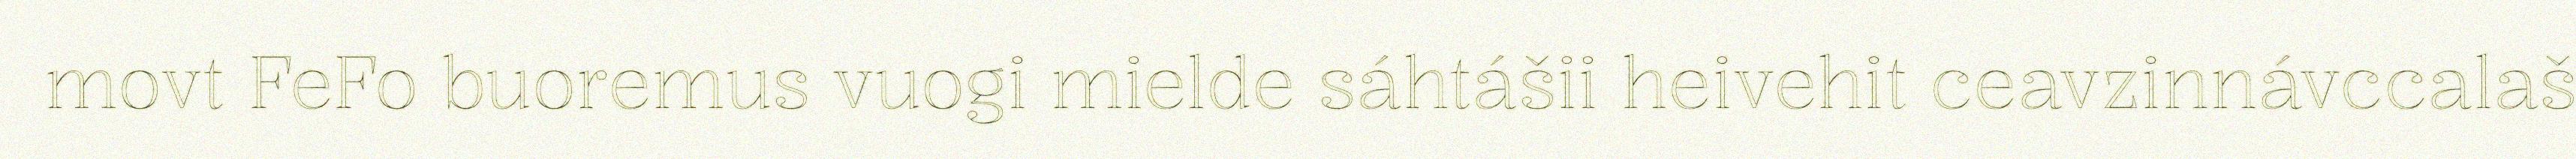
movt FeFo buoremus vuogi mielde sáhtášii heivehit ceavzinnávccalaš